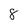
Character: 8